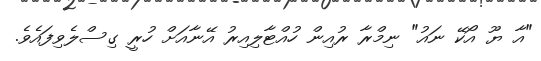
"އާ ޔޫ އޯކޭ ނައު" ނިމްރާ ރުއިން ހުއްޓާލިއިރު އޭނާއަށް ހުރީ ގިސްލެވިފައެވެ.